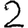
Digit: 2